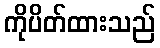
ကိုပိတ်ထားသည်